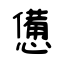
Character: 憊